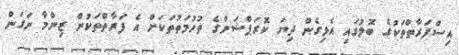
އިސްފަރާތްތަކުގެ ބޮލުގައި އެޅިގެން ދިޔަ ކޮރަޕްޝަންގެ ތުހުމަތުތަކަށް އެ ފަރާތްތަކުން ޒިންމާ ނަގަން